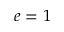
e = 1